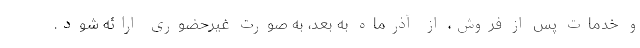
و خدمات پس از فروش، از آذرماه به بعد، به صورت غیرحضوری ارائه شود.